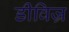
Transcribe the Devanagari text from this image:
डीविज्र